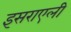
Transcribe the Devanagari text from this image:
इसराएली